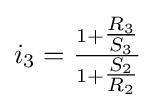
i_{3}={\tfrac {1+{\tfrac {R_{3}}{S_{3}}}}{1+{\tfrac {S_{2}}{R_{2}}}}}